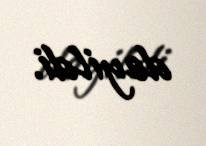
deyildi.